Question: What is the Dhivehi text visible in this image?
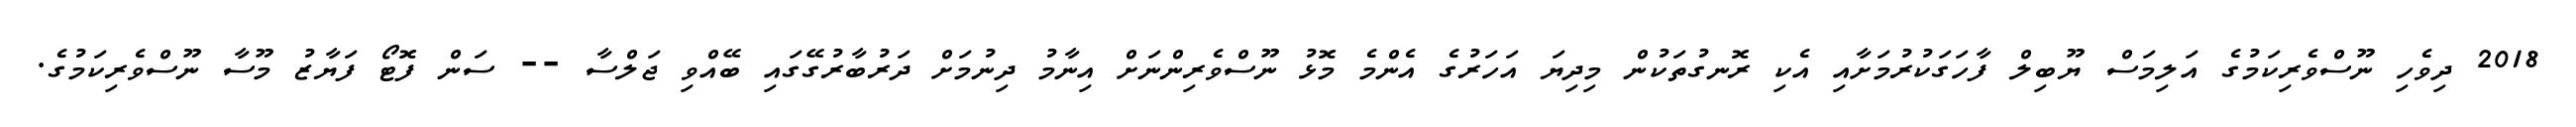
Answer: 2018 ދިވެހި ނޫސްވެރިކަމުގެ އަލިމަސް ޔޫބިލް ފާހަގަކުރުމަށާއި އެކި ރޮނގުތަކުން މިދިޔަ އަހަރުގެ އެންމެ މޮޅު ނޫސްވެރިންނަށް އިނާމު ދިނުމަށް ދަރުބާރުގޭގައި ބޭއްވި ޖަލްސާ -- ސަން ފޮޓޯ ފަޔާޒު މޫސާ ނޫސްވެރިކަމުގެ.